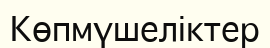
Көпмүшеліктер